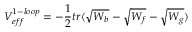
V _ { e f f } ^ { 1 - l o o p } = - \frac { 1 } { 2 } t r ( \sqrt { W _ { b } } - \sqrt { W _ { f } } - \sqrt { W _ { g } } )